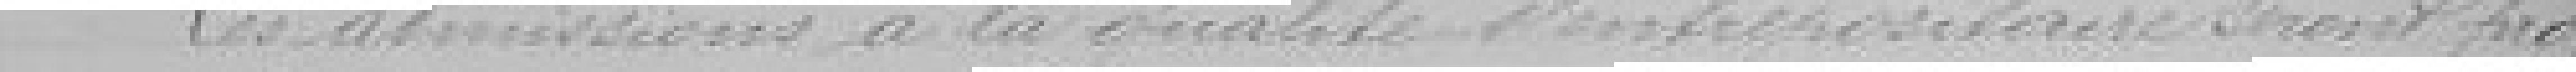
Les admissions à la qualité d'entrepositaire seront pro-